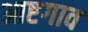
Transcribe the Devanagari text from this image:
आष्टगाव